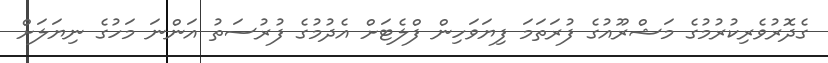
ގެދޮރުވެރިކުރުމުގެ މަޝްރޫއުގެ ފުރަތަމަ ފިޔަވަހިން ފްލެޓަށް އެދުމުގެ ފުރުސަތު އަންނަ މަހުގެ ނިޔަލަށް